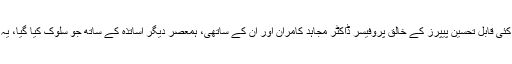
‘‘سابق وائس چانسلر پنجاب یونیورسٹی، کئی کتابوں کے مصنف، کئی قابل تحسین پیپرز کے خالق پروفیسر ڈاکٹر مجاہد کامران اور ان کے ساتھی، ہمعصر دیگر اساتذہ کے ساتھ جو سلوک کیا گیا، یہ سمجھنے کے لئے کافی ہے کہ ہم کون ہیں اور کہاں کھڑے ہیں؟